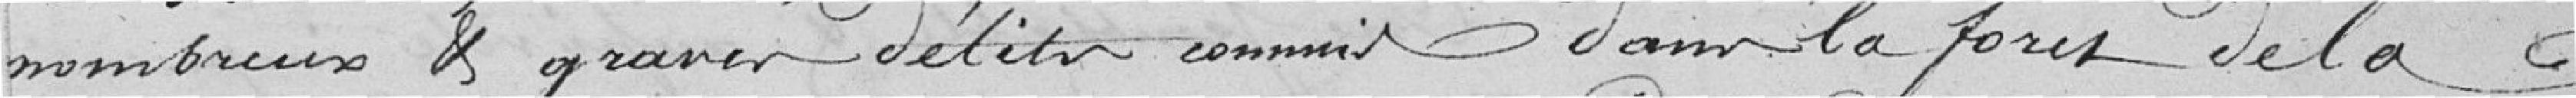
nombreux et graves délits commis dans la forêt de la